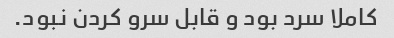
کاملا سرد بود و قابل سرو کردن نبود.